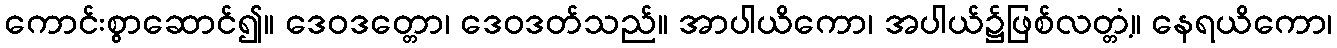
ကောင်းစွာဆောင်၍။ ဒေဝဒတ္တော၊ ဒေဝဒတ်သည်။ အာပါယိကော၊ အပါယ်၌ဖြစ်လတ္တံ့။ နေရယိကော၊